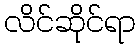
လိင်ဆိုင်ရာ